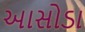
આસોડા